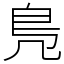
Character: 鳬